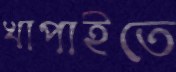
খাপাইতে